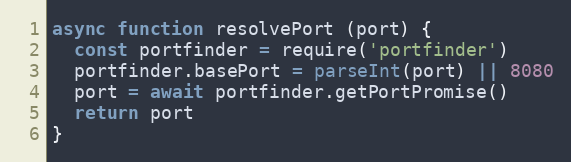
Language: JavaScript
async function resolvePort (port) {
  const portfinder = require('portfinder')
  portfinder.basePort = parseInt(port) || 8080
  port = await portfinder.getPortPromise()
  return port
}